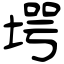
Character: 堮